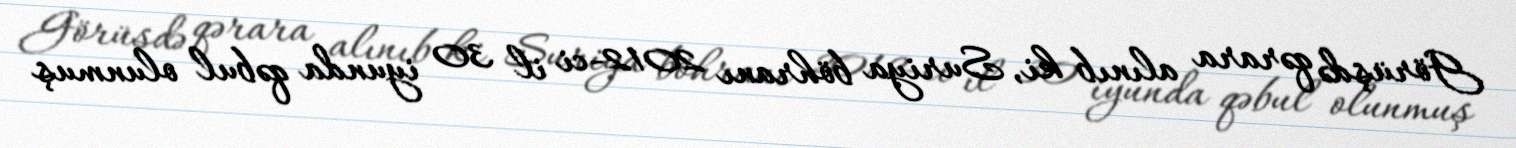
Görüşdə qərara alınıb ki, Suriya böhranı 2012-ci il 30 iyunda qəbul olunmuş